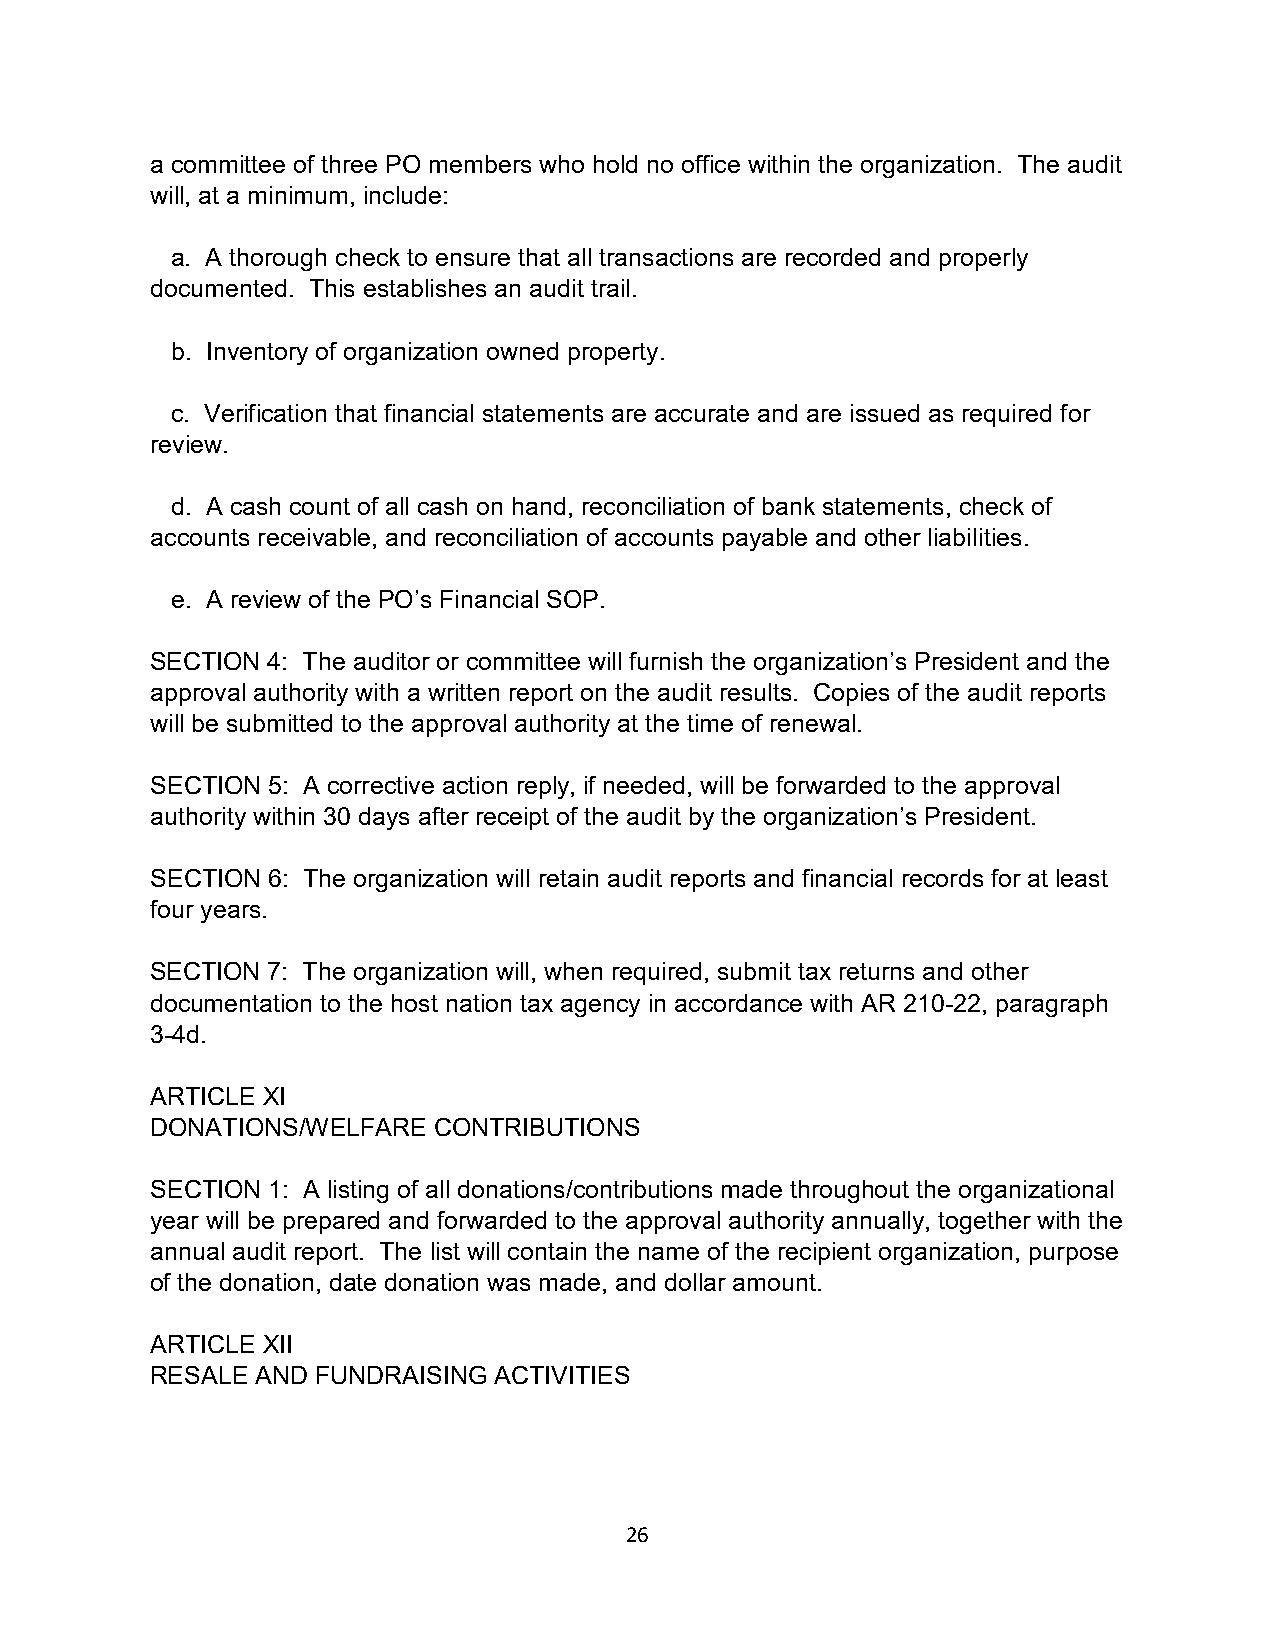
a committee of three PO members who hold no office within the organization. The audit
 will, at a minimum, include:
 a. A thorough check to ensure that all transactions are recorded and properly
 documented. This establishes an audit trail.
 b. Inventory of organization owned property.
 c. Verification that financial statements are accurate and are issued as required for
 review.
 d. A cash count of all cash on hand, reconciliation of bank statements, check of
 accounts receivable, and reconciliation of accounts payable and other liabilities.
 e. A review of the PO’s Financial SOP.
 SECTION 4: The auditor or committee will furnish the organization’s President and the
 approval authority with a written report on the audit results. Copies of the audit reports
 will be submitted to the approval authority at the time of renewal.
 SECTION 5: A corrective action reply, if needed, will be forwarded to the approval
 authority within 30 days after receipt of the audit by the organization’s President.
 SECTION 6: The organization will retain audit reports and financial records for at least
 four years.
 SECTION 7: The organization will, when required, submit tax returns and other
 documentation to the host nation tax agency in accordance with AR 210-22, paragraph
 3-4d.
 ARTICLE XI
 DONATIONS/WELFARE  CONTRIBUTIONS
 SECTION 1: A listing of all donations/contributions made throughout the organizational
 year will be prepared and forwarded to the approval authority annually, together with the
 annual audit report. The list will contain the name of the recipient organization, purpose
 of the donation, date donation was made, and dollar amount.
 ARTICLE XII
 RESALE AND FUNDRAISING ACTIVITIES
 26